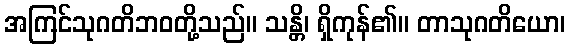
အကြင်သုဂတိဘဝတို့သည်။ သန္တိ၊ ရှိကုန်၏။ တာသုဂတိယော၊